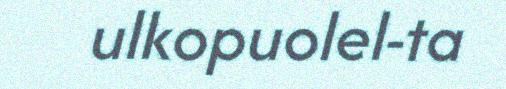
ulkopuolel-ta